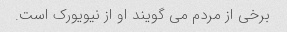
برخی از مردم می گویند او از نیویورک است.